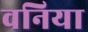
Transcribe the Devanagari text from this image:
वनिया